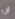
ان